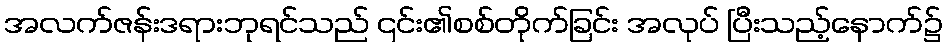
အလက်ဇန်းဒရားဘုရင်သည် ၎င်း၏စစ်တိုက်ခြင်း အလုပ် ပြီးသည့်နောက်၌